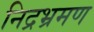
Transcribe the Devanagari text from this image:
निद्रभ्रमण